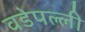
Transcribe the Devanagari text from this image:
वडेपल्‍ली